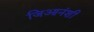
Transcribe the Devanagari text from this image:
जिआनंशी